Report on the lunatic asylums under the Government of Bombay - 1904-1913
Year: 1904
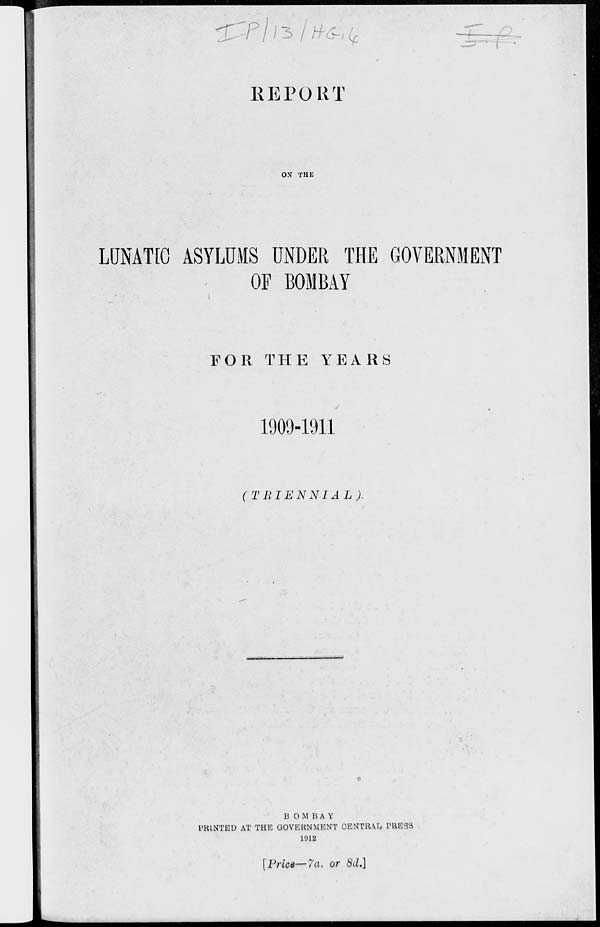
REPORT
ON THE
LUNATIC ASYLUMS UNDER THE GOVERNMENT
OF BOMBAY
FOR THE YEARS
1909-1911
(TRIENNIAL).
BOMBAY
PRINTED AT THE GOVERNMENT CENTRAL PRESS
1912
[Price— 7a. or 8d.]